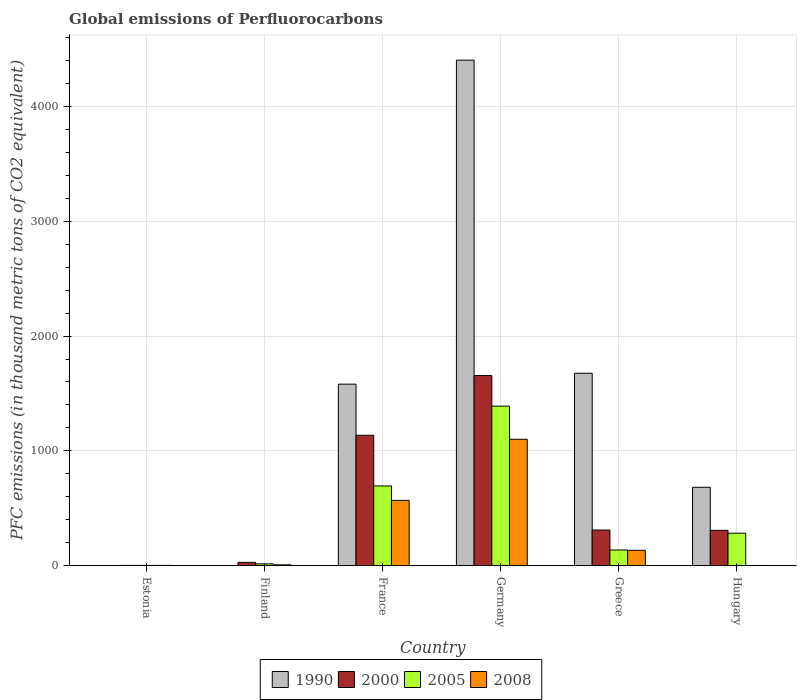
| Country | 1990 | 2000 | 2005 | 2008 |
 | --- | --- | --- | --- | --- |
 | Estonia | 0.5 | 3.5 | 3.4 | 3.4 |
 | Finland | 1.7 | 29.7 | 16.7 | 8.4 |
 | France | 1.58e+03 | 1.14e+03 | 695 | 569 |
 | Germany | 4.4e+03 | 1.66e+03 | 1.39e+03 | 1.1e+03 |
 | Greece | 1.68e+03 | 311 | 138 | 134 |
 | Hungary | 683 | 308 | 284 | 2.7 |